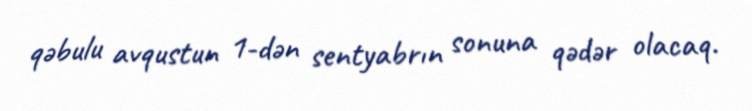
qəbulu avqustun 1-dən sentyabrın sonuna qədər olacaq.